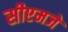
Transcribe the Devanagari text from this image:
सीएमजे